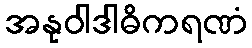
အနုဝါဒါဓိကရဏံ